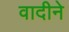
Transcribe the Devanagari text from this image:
वादीने